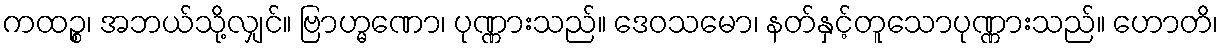
ကထဉ္စ၊ အဘယ်သို့လျှင်။ ဗြာဟ္မဏော၊ ပုဏ္ဏားသည်။ ဒေဝသမော၊ နတ်နှင့်တူသောပုဏ္ဏားသည်။ ဟောတိ၊